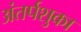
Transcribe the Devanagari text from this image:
अंतर्पशुका